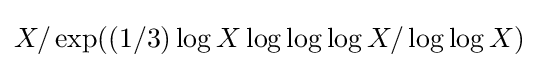
X/\exp((1/3)\log X\log \log \log X/\log \log X)\